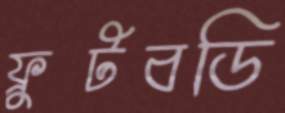
ফ্রুটবডি